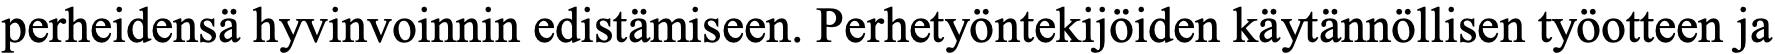
perheidensä hyvinvoinnin edistämiseen. Perhetyöntekijöiden käytännöllisen työotteen ja